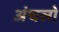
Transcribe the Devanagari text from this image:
अंचलो